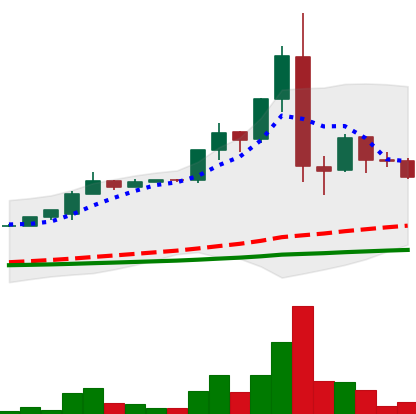
Ticker: LTC-USD
Chart end date: 2015-07-15
Forward return: -6.538%
Label: down_5_7